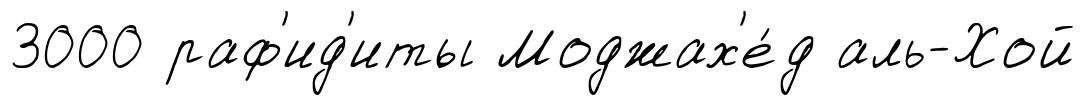
3000 раф'ид'иты Моджах'е́д аль-Хой